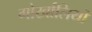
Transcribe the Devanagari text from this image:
गोर्खालियोँ